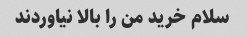
سلام خرید من را بالا نیاوردند